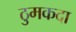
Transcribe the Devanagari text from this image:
ठुमकदा